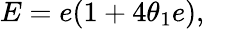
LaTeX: E=e(1+4\theta_{1}e),\quad